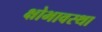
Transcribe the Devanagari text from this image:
क्षोभावस्था